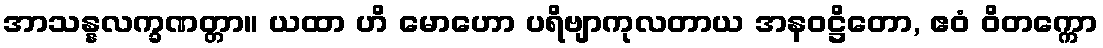
အာသန္နလက္ခဏတ္တာ။ ယထာ ဟိ မောဟော ပရိဗျာကုလတာယ အနဝဋ္ဌိတော, ဧဝံ ဝိတက္ကော